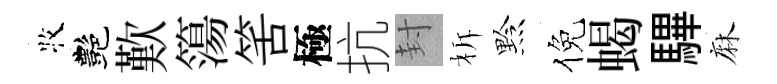
牧艷歎簜筈極抗封柝黔倪蝎驆麻